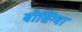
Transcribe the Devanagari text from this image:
बोसिंग्वा